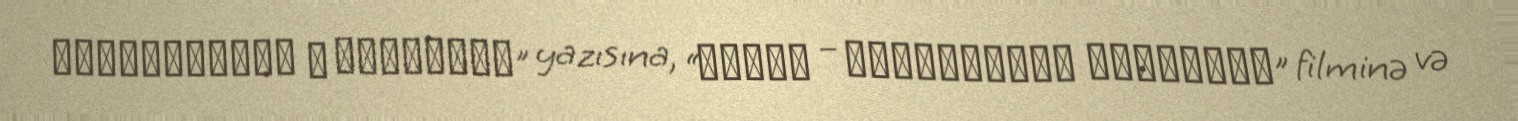
Размышления о геноциде” yazısına, “Агдам – Кавказская Хиросима” filminə və